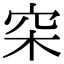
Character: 穼